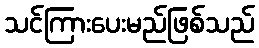
သင်ကြားပေးမည်ဖြစ်သည်